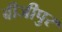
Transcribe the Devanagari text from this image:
बीजीपुर